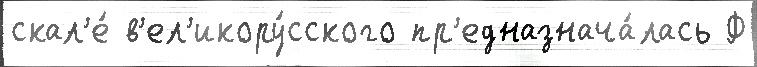
скал'е́ в'ел'икору́сского пр'едназнача́лась Ф